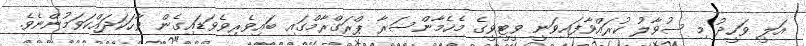
އަލީ ވަހީދު މި ސުވާލު ކުރައްވާފައިވަނީ ވީޓީވީގެ މެހެމާންސަރާ ޕްރަގްރާމްގައި ބައިވެރިވެވަޑައިގެން ވާހަކަދައްކަވަމުންނެވެ.